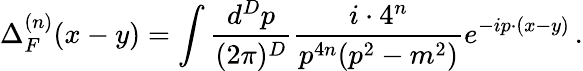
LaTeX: \Delta_{F}^{(n)}(x-y)=\int\frac{d^{D}p}{(2\pi)^{D}}\frac{i\cdot 4^{n}}{p^{4n}(p^{2}-m^{2})}e^{-ip\cdot(x-y)}\, .